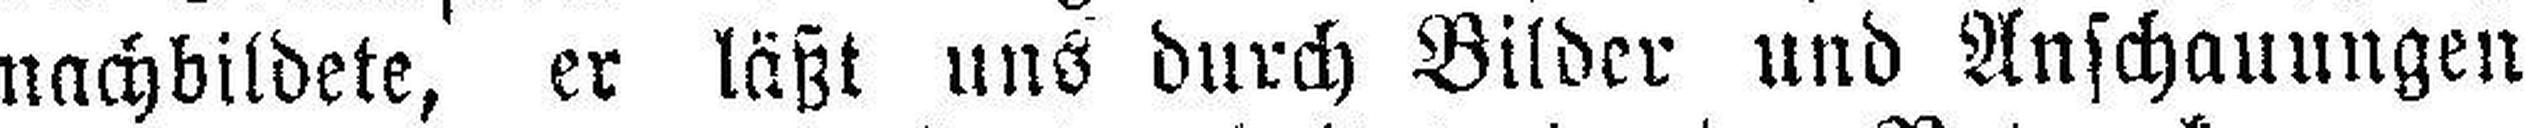
nachbildete, er läßt uns durch Bilder und Anschauungen